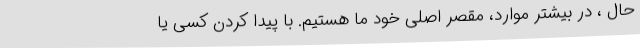
حال ، در بیشتر موارد، مقصر اصلی خود ما هستیم. با پیدا کردن کسی یا